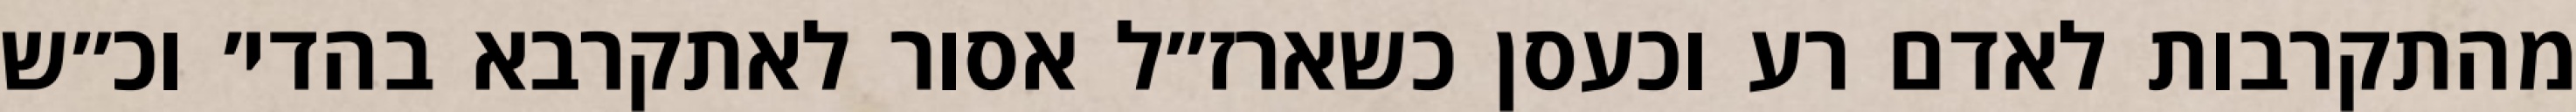
מהתקרבות לאדם רע וכעסן כשארז״ל אסור לאתקרבא בהדי׳ וכ״ש